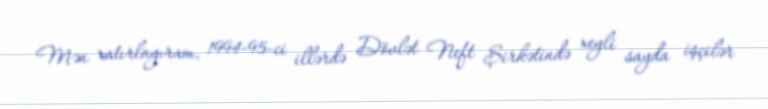
Mən xatırlayıram, 1994-95-ci illərdə Dövlət Neft Şirkətində xeyli sayda işçilər